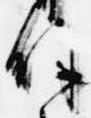
余